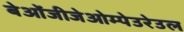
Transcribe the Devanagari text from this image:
बेओंजीजेओम्पेउरेउल